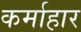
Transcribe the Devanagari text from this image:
कर्माहार